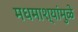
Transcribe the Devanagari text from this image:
मधमाश्यांमुळे